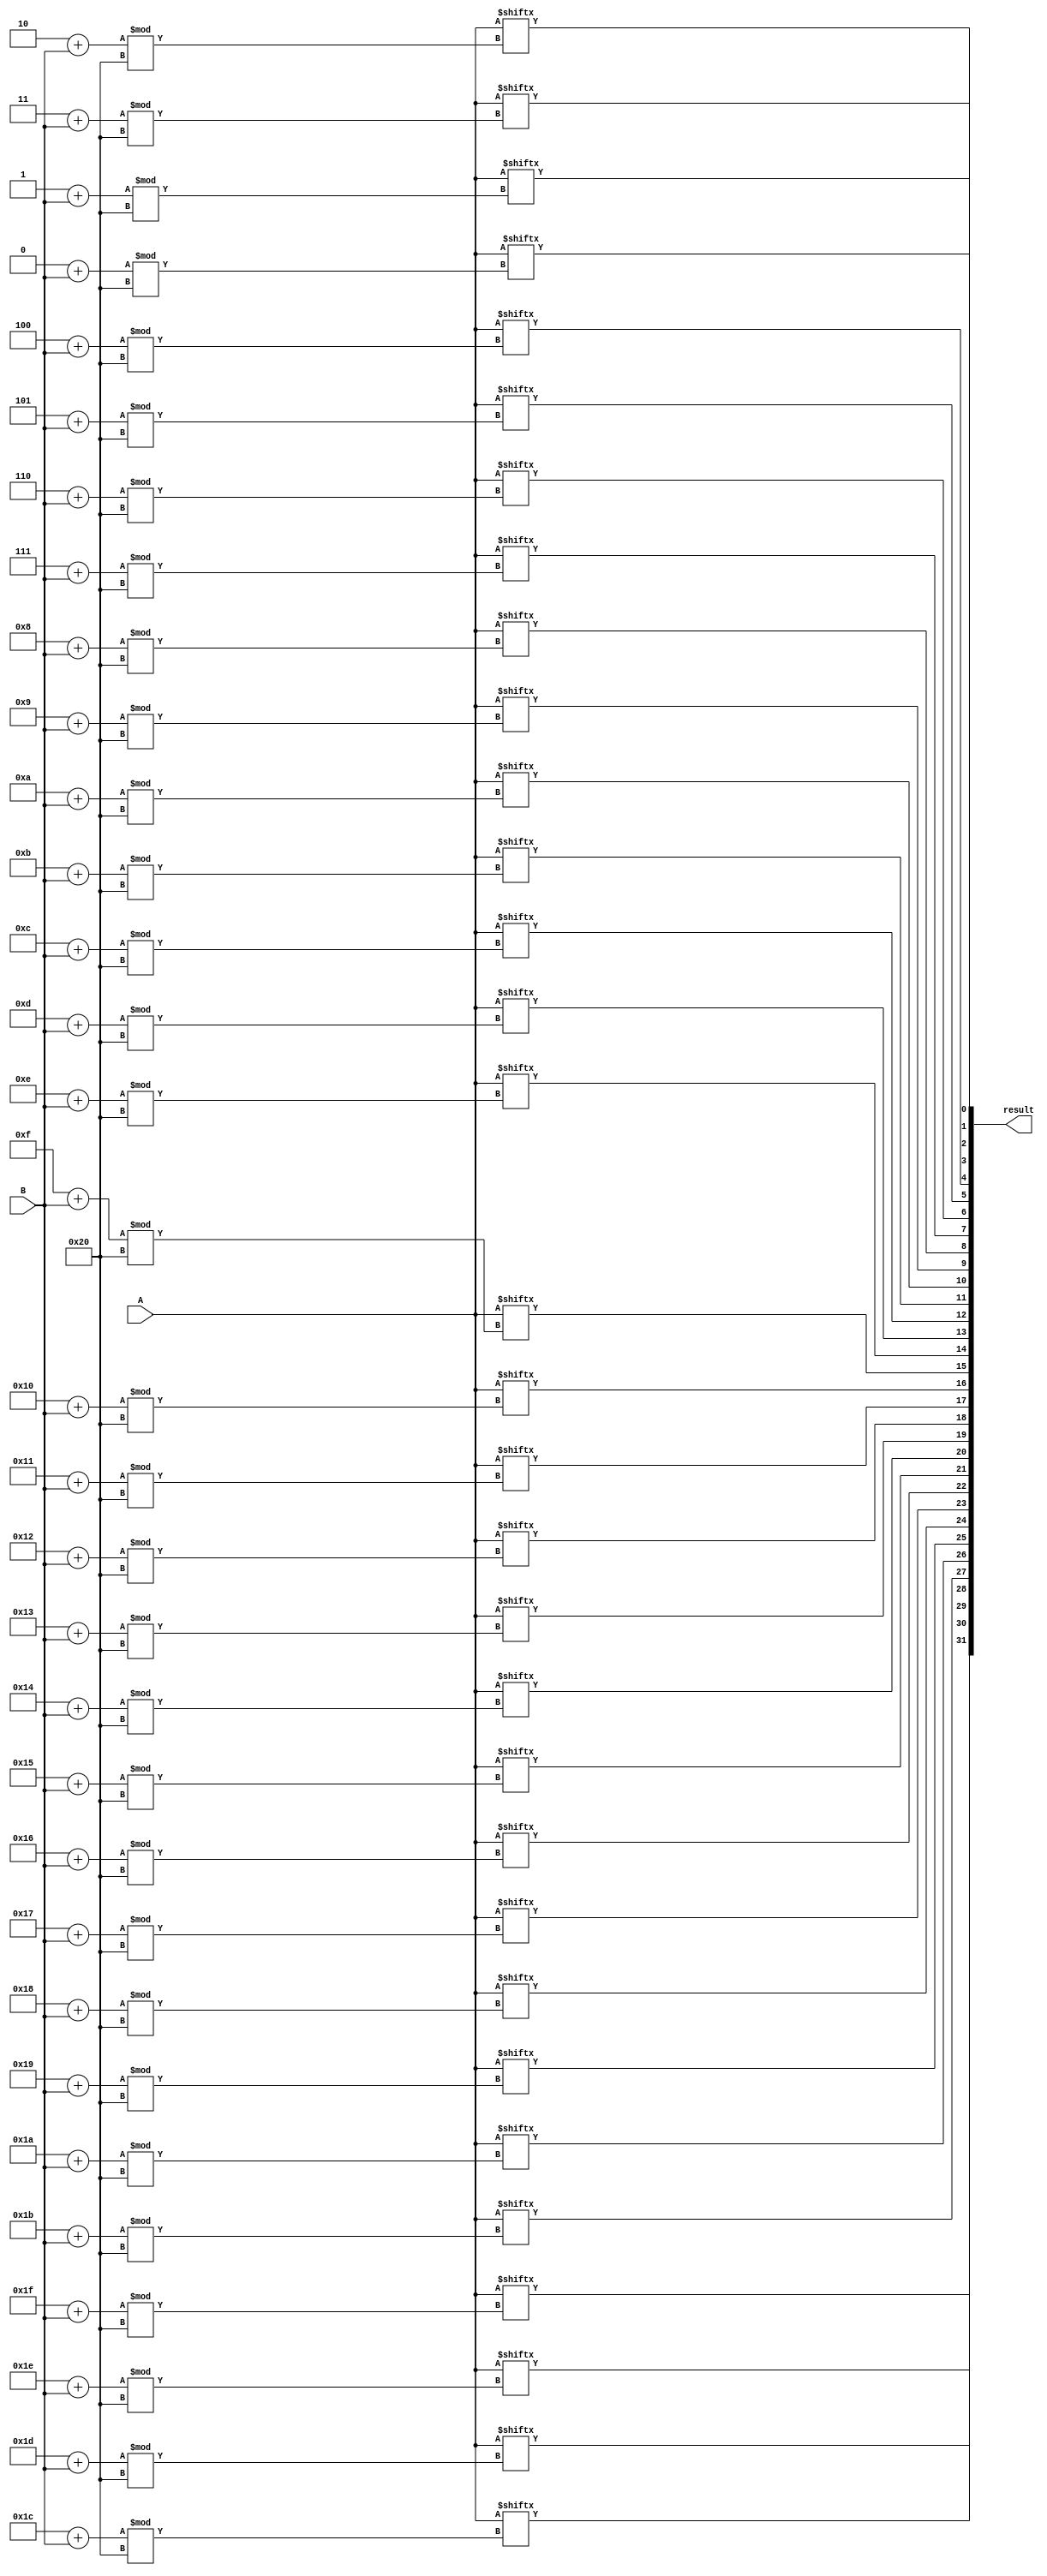
module RotateRight(input [31:0] A, B, output reg [31:0] result);

integer i;

always @(*)
begin
    for(i = 0; i < 32; i = i + 1)
    begin
        result[i] = A[(i + B) % 32];
    end
end

endmodule